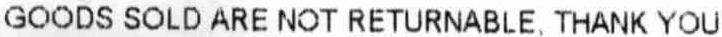
GOODS SOLD ARE NOT RETURNABLE, THANK YOU